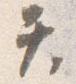
て